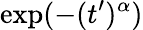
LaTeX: \exp(-(t^{\prime})^{\alpha})